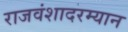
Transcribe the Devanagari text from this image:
राजवंशादरम्यान